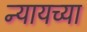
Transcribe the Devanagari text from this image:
न्यायच्या